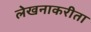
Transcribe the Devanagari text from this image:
लेखनाकरीता